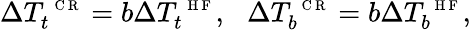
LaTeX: \Delta T_{t}^{\mathrm{~\scriptsize~C~R~}}=b\Delta T_{t}^{\mathrm{~\scriptsize~H~F~}},\: \: \: \Delta T_{b}^{\mathrm{~\scriptsize~C~R~}}=b\Delta T_{b}^{\mathrm{~\scriptsize~H~F~}},